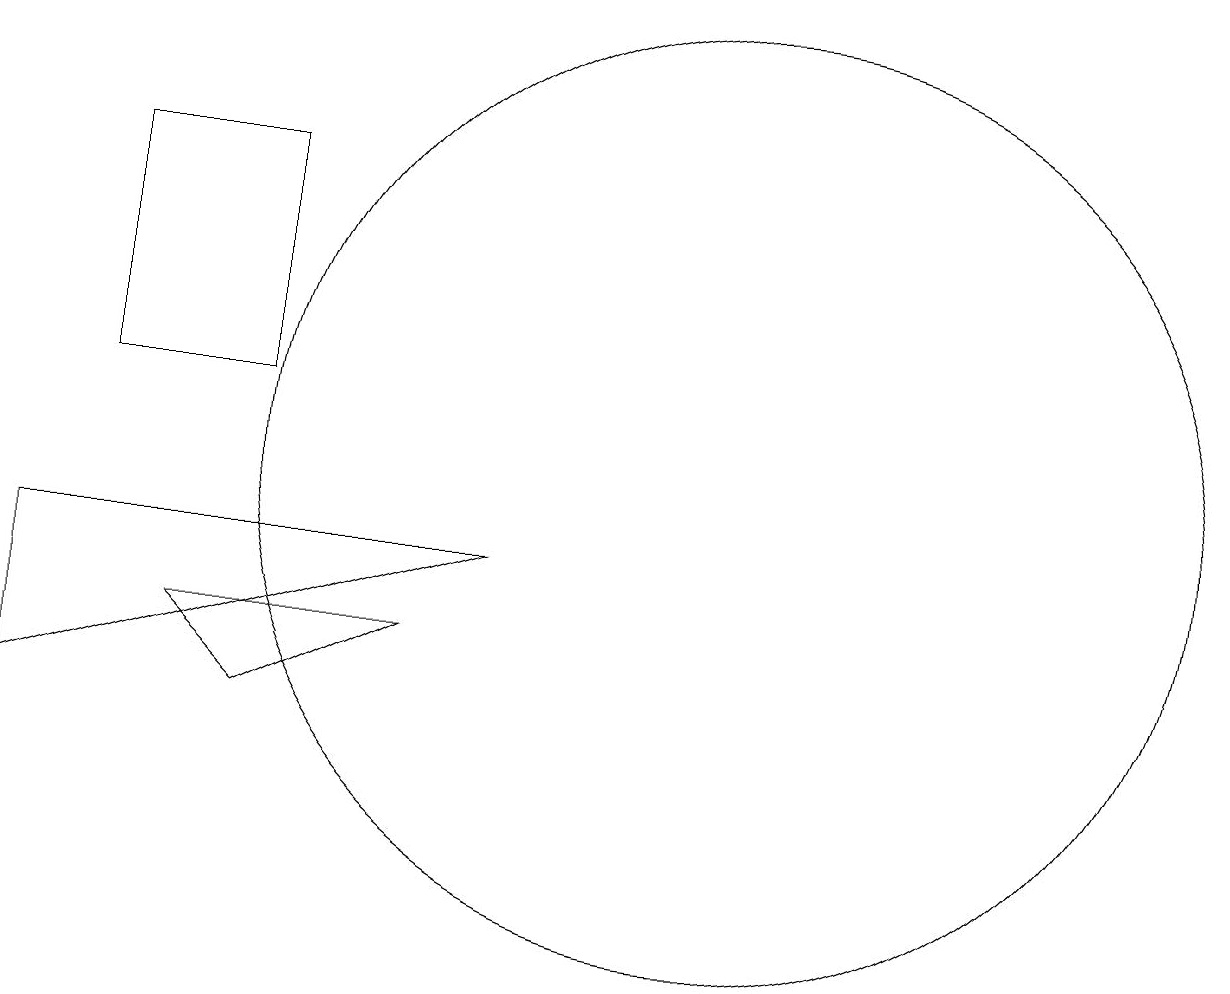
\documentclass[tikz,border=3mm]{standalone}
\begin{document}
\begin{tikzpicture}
\draw (6,14) rectangle (4,11);
\draw (12,10) circle (6);
\draw (3,9) -- (9,9) -- (3,7) -- cycle;
\draw (5,8) -- (8,8) -- (6,7) -- cycle;
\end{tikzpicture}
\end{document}